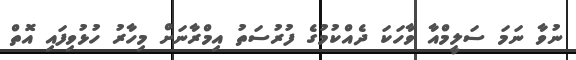
ނުވާ ނަމަ ސަލީމްއާ ވާހަކަ ދެއްކުމުގެ ފުރުސަތު އިމްރާނަށް މިހާރު ހުޅުވިފައި އޮތް